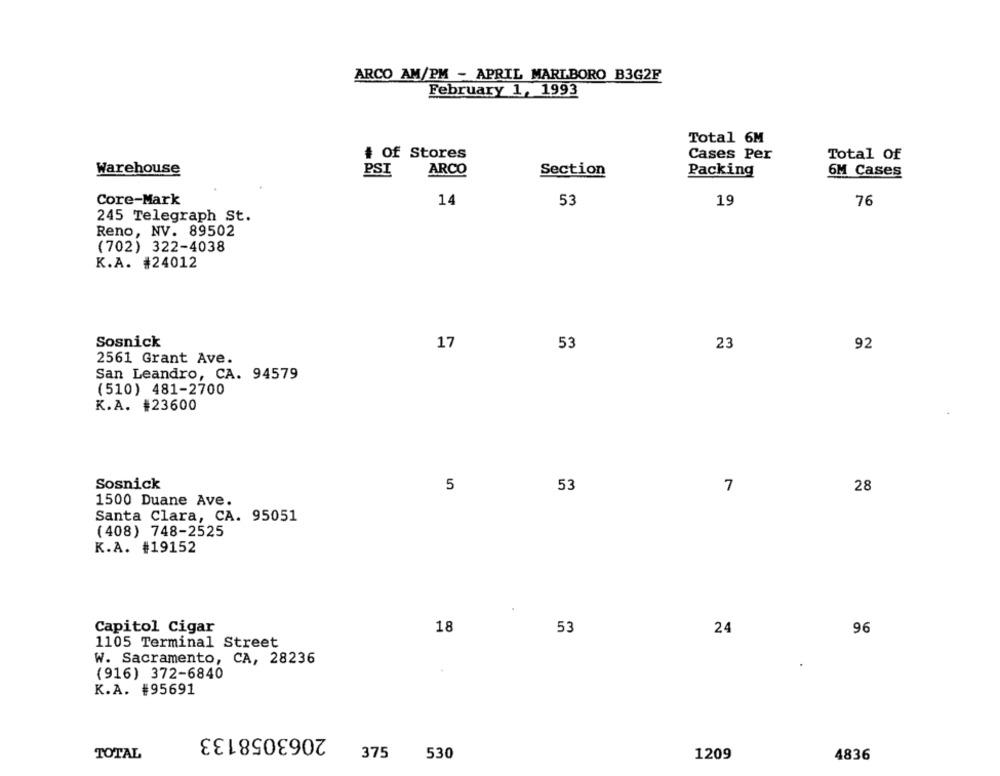
ARCO AM/PM - APRIL MARLBORO B3G2F
February 1, 1993
Total 6M
+ Of Stores
Cases Per
Total Of
Warehouse
ARCO
6M Cases
PSI
Section
Packing
Core-Mark
14
53
19
76
245 Telegraph St.
Reno, NV. 89502
(702) 322-4038
K.A. #24012
Sosnick
17
53
23
92
2561 Grant Ave.
San Leandro, CA. 94579
(510) 481-2700
K.A. #23600
Sosnick
5
53
7
28
1500 Duane Ave.
Santa Clara, CA. 95051
(408) 748-2525
K.A. #19152
Capitol Cigar
18
96
53
24
1105 Terminal Street
W. Sacramento, CA, 28236
(916) 372-6840
K.A. #95691
2063058133
TOTAL
375
530
1209
4836